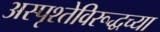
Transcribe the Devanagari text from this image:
अस्पृश्तेविरूद्धच्या